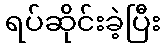
ရပ်ဆိုင်းခဲ့ပြီး